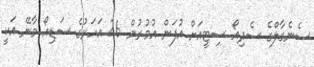
ސެނެގާލްގެ ސެދިއޯ ސިޓީއަށް އުފަން އުމުރުން 26 އަހަރުގެ ސަޑިއޯ މާނޭ އަކީ